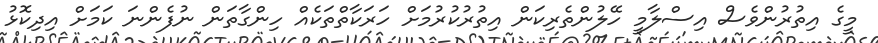
މީގެ އިތުރުންވެސް އިސްލާމީ ހޭލުންތެރިކަން އިތުރުކުރުމަށް ހަރަކާތްތަކެއް ހިންގާތަން ނުފެންނަ ކަމަށް އިދިކޮޅު